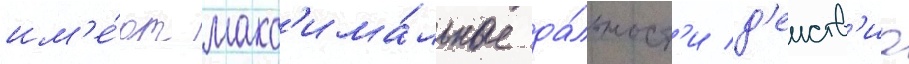
им'е́ют макс'има́льные да́льност'и д'еиств'иа